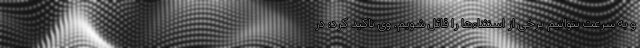
و به سرعت بتوانیم برخی از استثناءها را قائل شویم. وی تاکید کرد: در